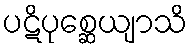
ပဋိပုစ္ဆေယျာသိ